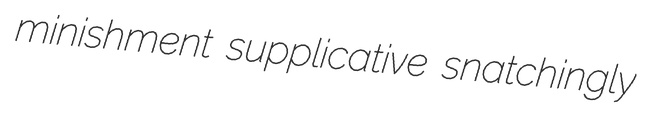
minishment supplicative snatchingly